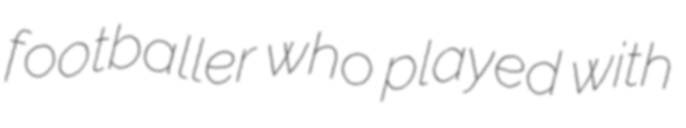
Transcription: footballer who played with